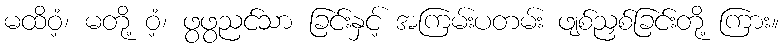
မထိဝံ့၊ မတို့ ဝံ့၊ ဖွဖွညင်သာ ခြင်းနှင့် အကြမ်းပတမ်း ဖျစ်ညှစ်ခြင်းတို့ ကြား။